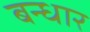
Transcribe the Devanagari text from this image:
बन्धार